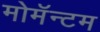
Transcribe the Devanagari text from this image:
मोमॅन्टम